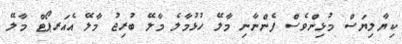
ކިޔާލިޔަސް މުޅިންވެސް ފެންނާނި މާލޭ ހުޅުމާލެ މާލޭ ބުރިޖު މާލޭ އެއަރޕޯޓް މާލޭ